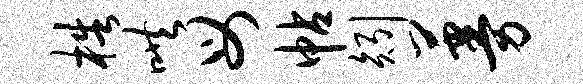
梏哄母帖矧蔓